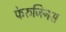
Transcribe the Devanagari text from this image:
फेरुजिनस